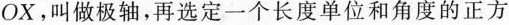
OX，叫做极轴，再选定一个长度单位和角度的正方